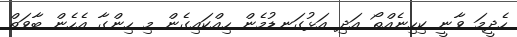
ހެދީމަ ވާނީ ކިހިނެއްތޯ އަދި އަޅުގަނޑުމެން ހިއްކައިގެން މި ހިންގާ އެހެން ބާވަތް